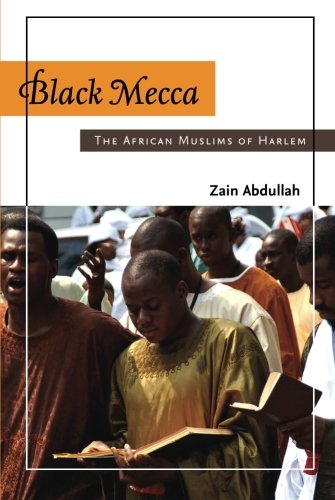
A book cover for Black Mecca: The African Muslims of Harlem; Zain Abdullah; Religion & Spirituality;